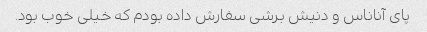
پای آناناس و دنیش برشی سفارش داده بودم که خیلی خوب بود.